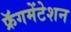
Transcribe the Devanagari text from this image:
फ्रॅगमेंटेशन